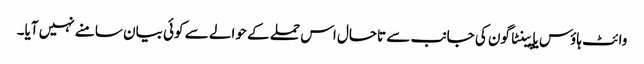
وائٹ ہاؤس یا پینٹاگون کی جانب سے تاحال اس حملے کے حوالے سے کوئی بیان سامنے نہیں آیا۔